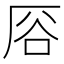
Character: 𫨊